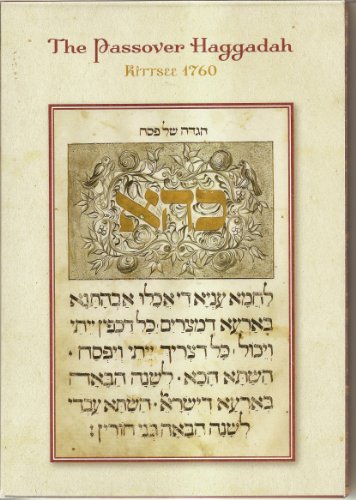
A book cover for Passover Haggadah: Kittsee 1760; Rabbi Schneur Zalman of Liadi; Religion & Spirituality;